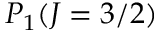
P _ { 1 } ( J = 3 / 2 )